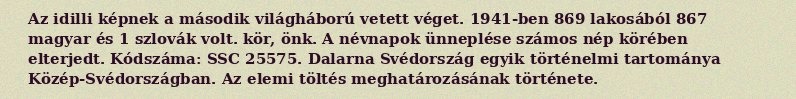
Az idilli képnek a második világháború vetett véget. 1941-ben 869 lakosából 867 magyar és 1 szlovák volt. kör, önk. A névnapok ünneplése számos nép körében elterjedt. Kódszáma: SSC 25575. Dalarna Svédország egyik történelmi tartománya Közép-Svédországban. Az elemi töltés meghatározásának története.